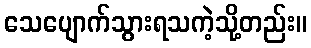
သေပျောက်သွားရသကဲ့သို့တည်း။